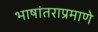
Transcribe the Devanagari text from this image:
भाषांतराप्रमाणे